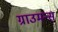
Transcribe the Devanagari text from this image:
ग्राउमन्स